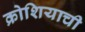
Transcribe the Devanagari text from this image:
क्रोशियाची